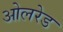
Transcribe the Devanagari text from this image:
ओलरेड